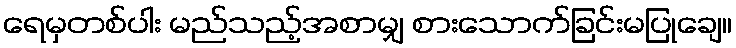
ရေမှတစ်ပါး မည်သည့်အစာမျှ စားသောက်ခြင်းမပြုချေ။